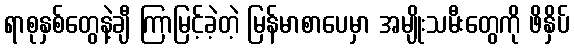
ရာစုနှစ်တွေနဲ့ချီ ကြာမြင့်ခဲ့တဲ့ မြန်မာစာပေမှာ အမျိုးသမီးတွေကို ဖိနှိပ်